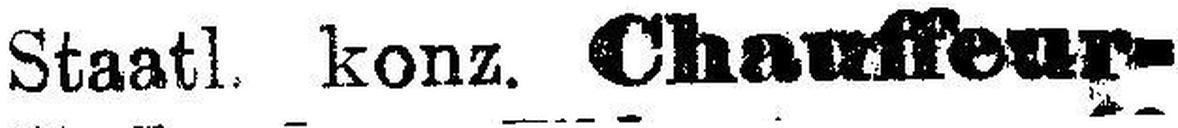
Staatl. konz. Chauffeur-